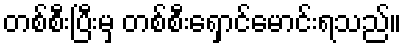
တစ်စီးပြီးမှ တစ်စီးရှောင်မောင်းရသည်။